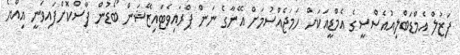
ފަޒުލް އެމްޑަބްލިއުއެސްސީގެ އެމްޑީއަކަށް ހަމަޖެއްސުމަށް އޭނާގެ ނަން ޕްރައިވެޓައިޒޭޝަން ބޯޑުން ފާސްކޮށްފައިވަނީ އިއްޔެ